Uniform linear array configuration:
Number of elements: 8
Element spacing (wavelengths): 1
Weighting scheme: exponential
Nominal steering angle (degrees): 45
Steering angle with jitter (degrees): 45.351
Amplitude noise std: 0.05
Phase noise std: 0.05

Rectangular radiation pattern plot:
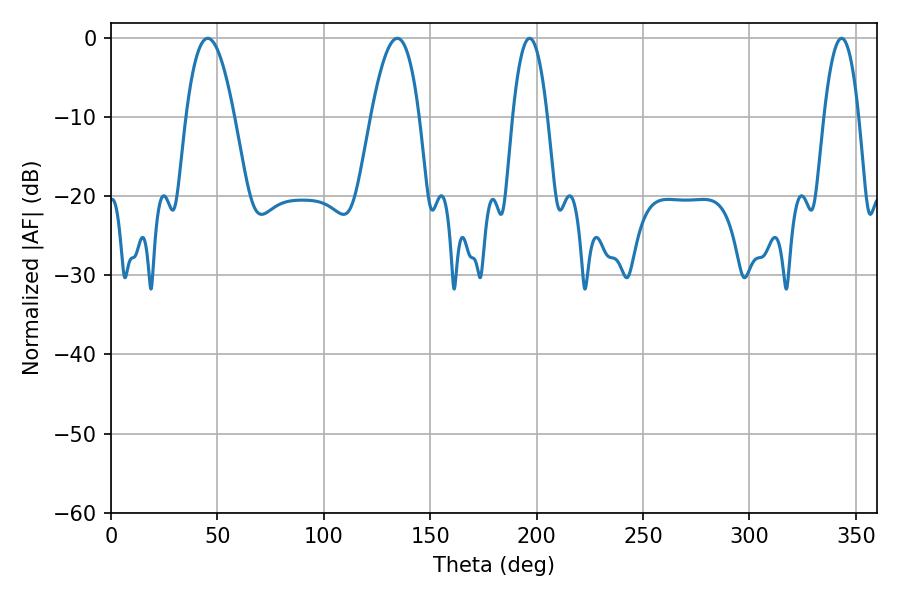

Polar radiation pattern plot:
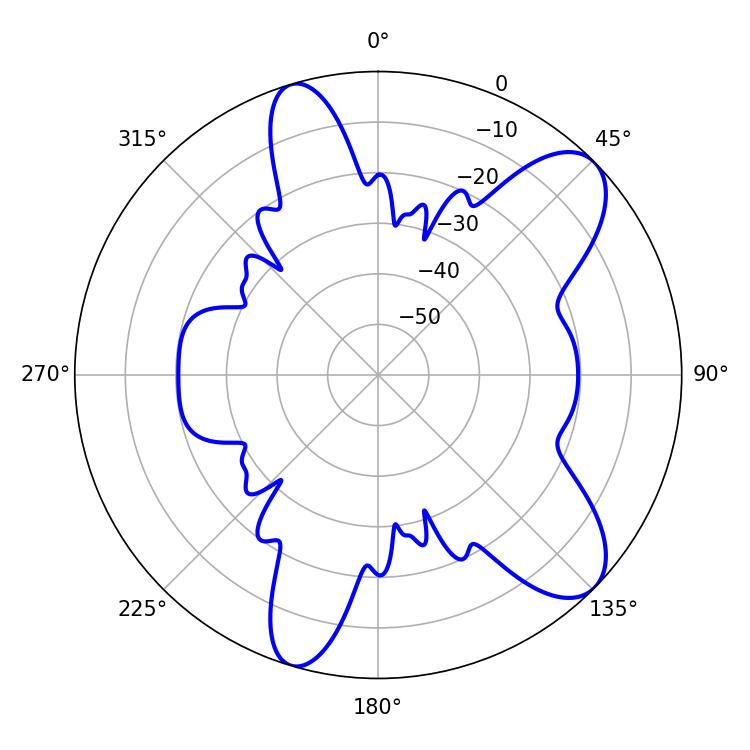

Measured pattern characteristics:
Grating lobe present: TRUE
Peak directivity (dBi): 9.235
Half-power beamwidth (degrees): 9
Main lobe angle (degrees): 196.74